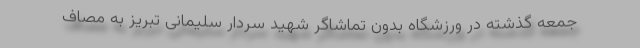
جمعه گذشته در ورزشگاه بدون تماشاگر شهید سردار سلیمانی تبریز به مصاف